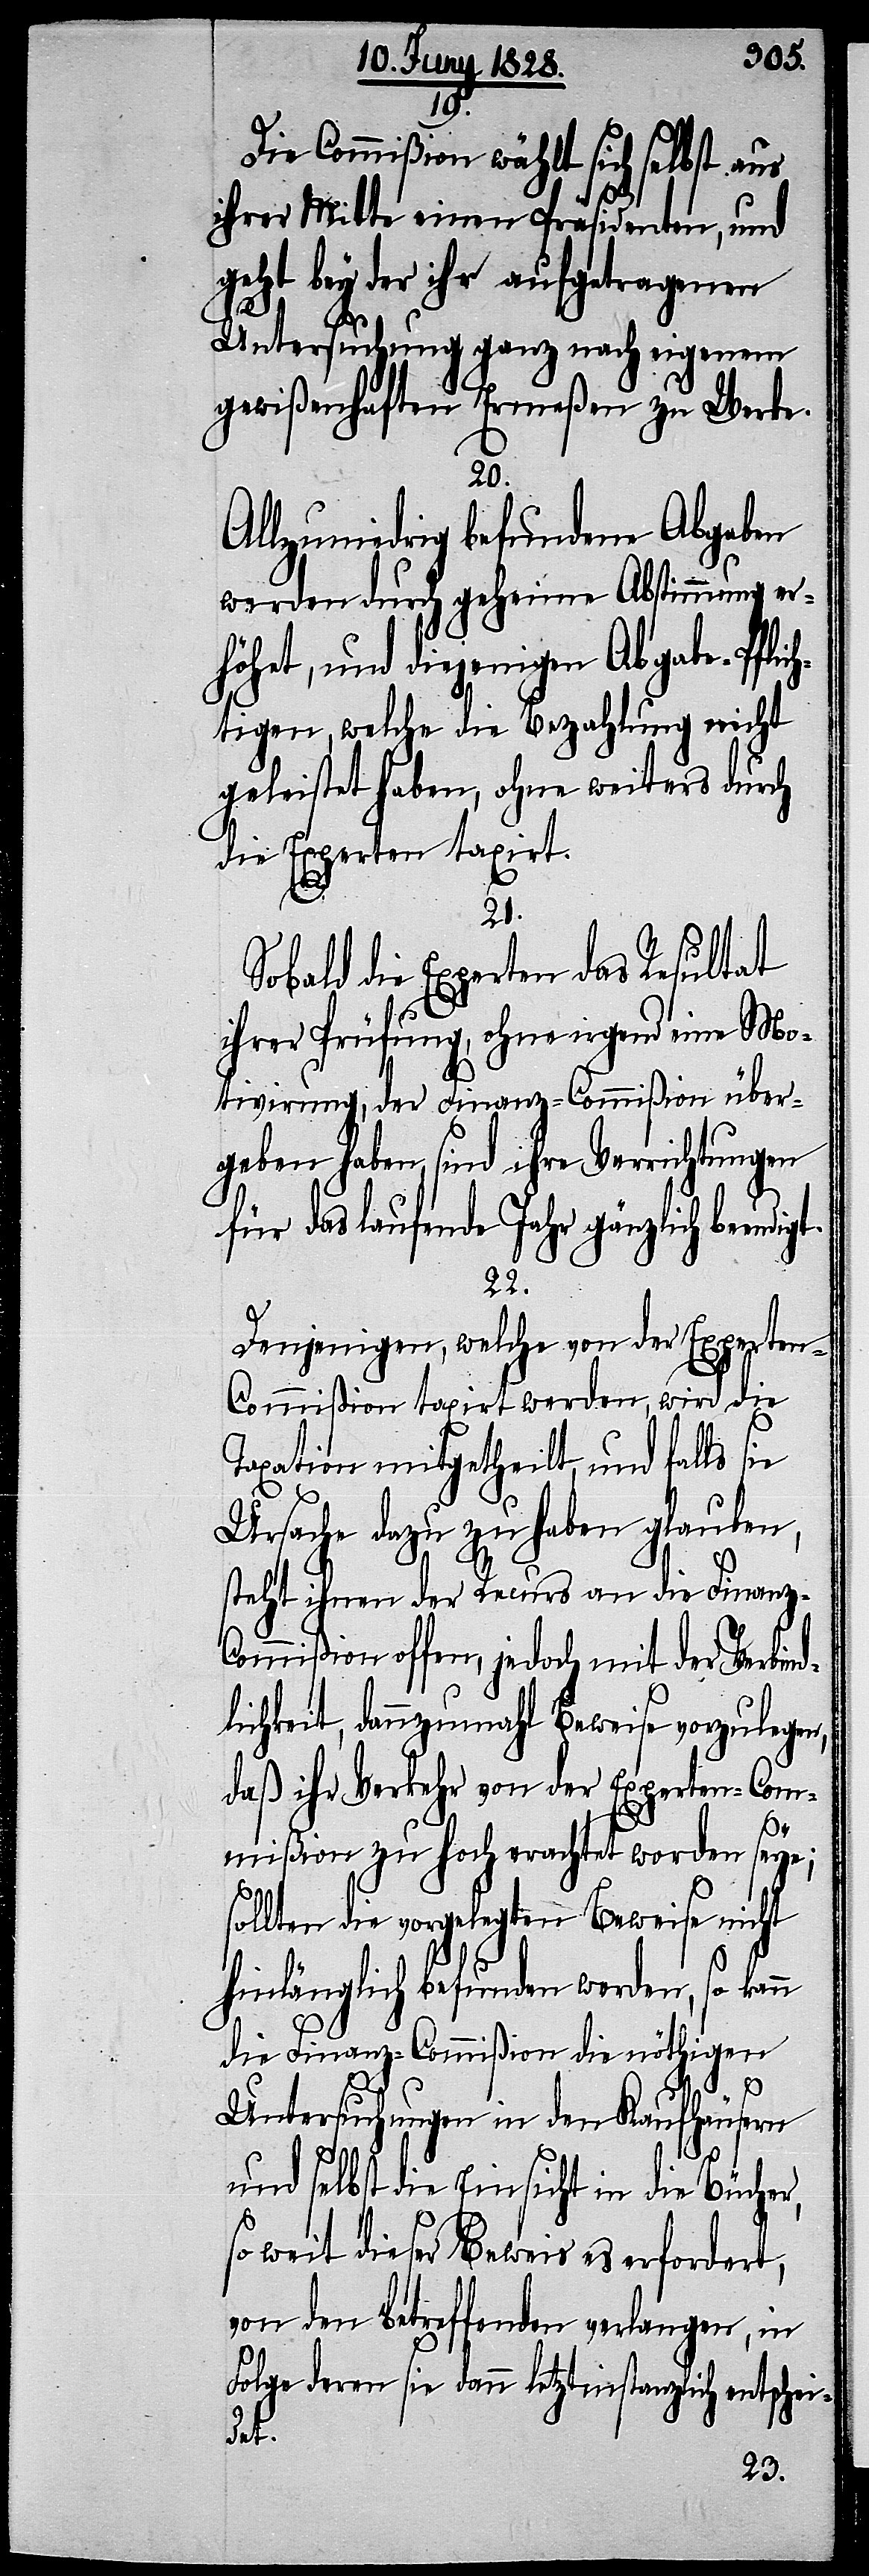
19.
Die Commißion wählt sich selbst aus
ihrer Mitte einen Präsidenten, und
geht bey der ihr aufgetragenen
Untersuchung ganz nach eigenem
gewißenhaften Ermeßen zu Werke.
20.
Allzuniedrig befundene Abgaben
werden durch geheime Abstimmung er¬
höhet, und diejenigen Abgabe-Pflic¬
htigen, welche die Bezahlung nicht
geleistet haben, ohne weiters durch
die Experten taxirt.
21.
Sobald die Experten das Resultat
ihrer Prüfung, ohne irgend eine Mo¬
tivirung, der Finanz-Commißion über¬
geben haben, sind ihre Verrichtungen
für das laufende Jahr gänzlich been¬
22.
Denjenigen, welche von der Experten-C¬
ommißion taxirt werden, wird die
Taxation mitgetheilt, und falls sie
Ursache dazu zu haben glauben,
steht ihnen der Recurs an die Finanz-C¬
ommißion offen, jedoch mit der Verbind¬
lichkeit, dannzumahl Beweise vorzulegen,
daß ihr Verkehr von der Experten-Com¬
mißion zu hoch erachtet worden seye;
sollten die vorgelegten Beweise nicht
hinlänglich befunden werden, so kann
die Finanz-Commißion die nöthigen
Untersuchungen in den Kaufhäusern
und selbst die Einsicht in die Bücher,
so weit dieser Beweis es erfordert,
von den betreffenden verlangen, in
Folge deren sie dann letztinstanzlich entschei¬
det.